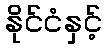
နိုင်ငံနှင့်